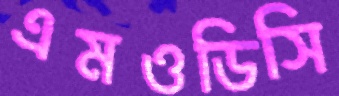
এমওডিসি